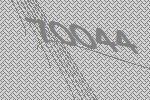
70044